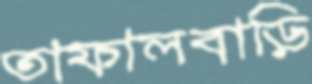
তাফালবাড়ি